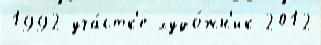
1992 уча́стк'е худо́жн'ик 2012